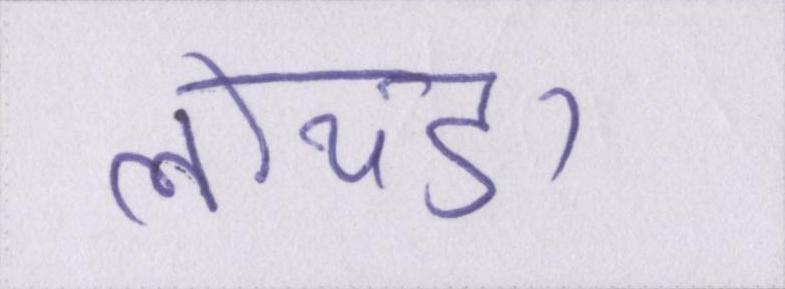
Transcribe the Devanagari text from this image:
लोथडा